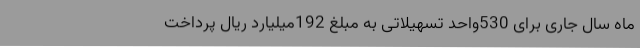
ماه سال جاری برای 530واحد تسهیلاتی به مبلغ 192میلیارد ریال پرداخت